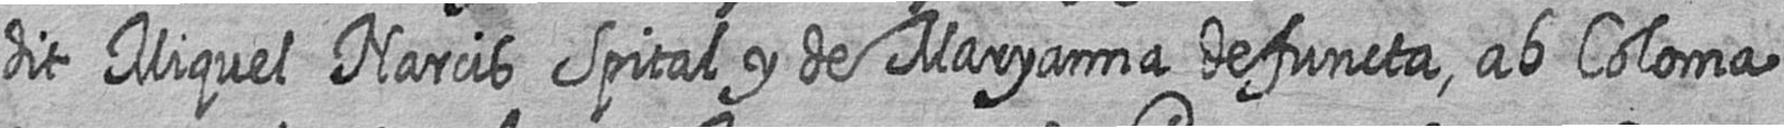
dit Miquel Narcis Spital y de Maryanna defuncta ab Coloma